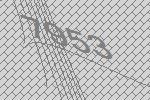
7953